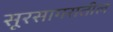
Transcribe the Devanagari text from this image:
सूरसागरातील